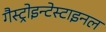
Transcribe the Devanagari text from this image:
गैस्ट्रोइन्टेस्टाइनल